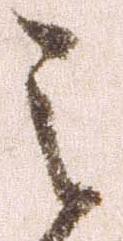
之